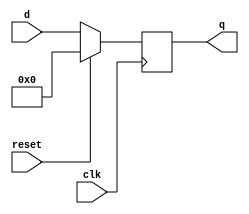
`timescale 1ns / 1ps
//////////////////////////////////////////////////////////////////////////////////
// Company: 
// Engineer: 
// 
// Design Name: 
// Module Name: Pcreg
// Project Name: 
// Target Devices: 
// Tool Versions: 
// Description: 
// 
// Dependencies: 
// 
// Revision:
// Revision 0.01 - File Created
// Additional Comments:
// 
//////////////////////////////////////////////////////////////////////////////////


module Pcreg(input clk, input reset, input [31:0] d, output reg [31:0] q);
	always @(posedge clk)
	begin
		q = d;
		if(reset)
			q= 32'h00000000 ;
	end
endmodule